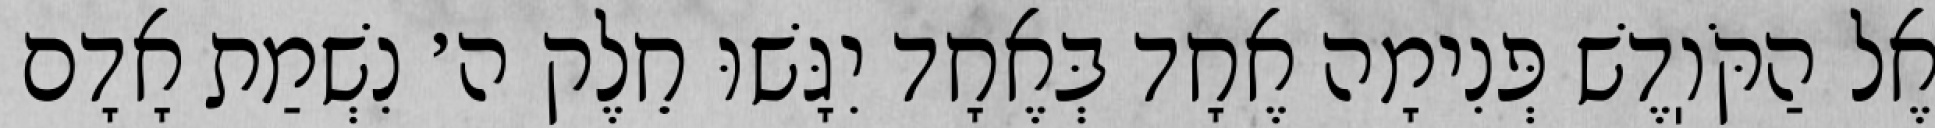
אֶל הַקֹּוֽדֶשׁ פְּנִימָה אֶחָד בְּאֶחָד יִגָּשׁוּ חֵלֶק ה׳ נִשְׁמַת אָדָם